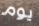
يوم